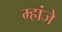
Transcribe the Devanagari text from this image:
म्हांजे